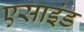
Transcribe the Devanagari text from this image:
एसाइंड